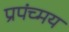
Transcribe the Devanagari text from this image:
प्रपंच्मय